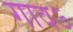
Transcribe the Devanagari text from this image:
गावऽ